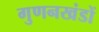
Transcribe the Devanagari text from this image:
गुणनखंडों